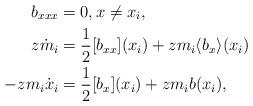
LaTeX: \begin{align*}b_{xxx}&=0, x\neq x_i, \\z\dot m_i &=\frac12 [b_{xx}](x_i)+zm_i \langle b_x\rangle(x_i) \\-z m_i \dot x_i&=\frac12[b_x](x_i)+zm_ib(x_i) , \end{align*}